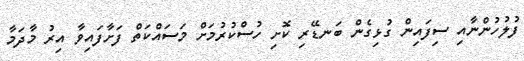
ފުލުހުންނާއި ސިފައިން ގުޅިގެން ބަނޑޭރި ކޮށި ހުސްކުރުމަށް މަސައްކަތް ފަށާފައިވާ އިރު މާދަމާ